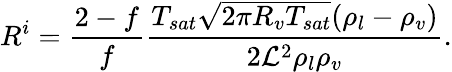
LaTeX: R^{i}=\frac{2-f}{f}\frac{T_{sat}\sqrt{2\pi R_{v}T_{sat}}(\rho_{l}-\rho_{v})}{2{\cal L}^{2}\rho_{l}\rho_{v}}.